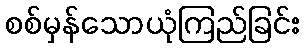
စစ်မှန်သောယုံကြည်ခြင်း